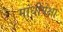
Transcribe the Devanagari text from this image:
गांधींपेक्षा